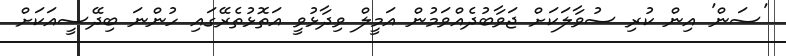
'ސަން' އިން ކުރި ސުވާލަކަށް ޖަވާބުދެއްވަމުން އަމީލް ވިދާޅުވީ އަތޮޅުތެރޭގައި ހުންނަ ބިދޭސީއަކަށް